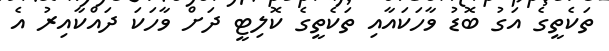
ތަކެތީގެ އަގު ބޮޑު ވާހަކައާއި ތަކެތީގެ ކޮލިޓީ ދަށް ވާހަކަ ދައްކާއިރު އެ